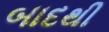
બાદથી